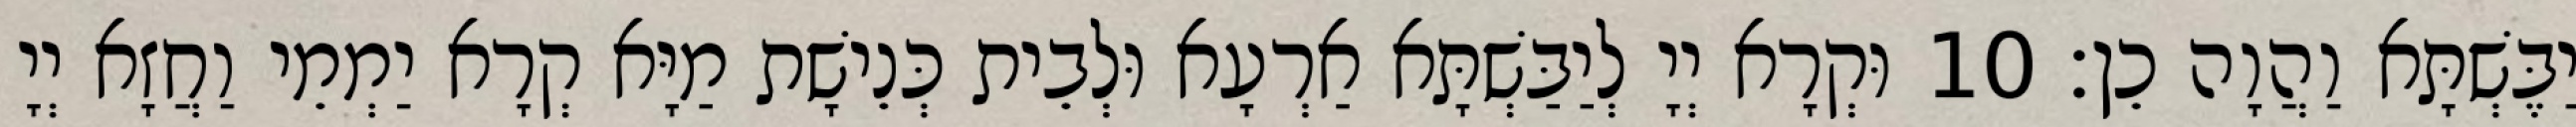
יַבֶּשְׁתָּא וַהֲוָה כֵן׃ 10 וּקְרָא יְיָ לְיַבַּשְׁתָּא אַרְעָא וּלְבֵית כְּנֵישָׁת מַיָּא קְרָא יַמְמֵי וַחֲזָא יְיָ